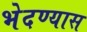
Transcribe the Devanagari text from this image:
भेदण्यास